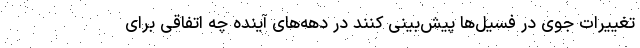
تغییرات جوی در فسیل‌ها پیش‌بینی کنند در دهه‌های آینده چه اتفاقی برای